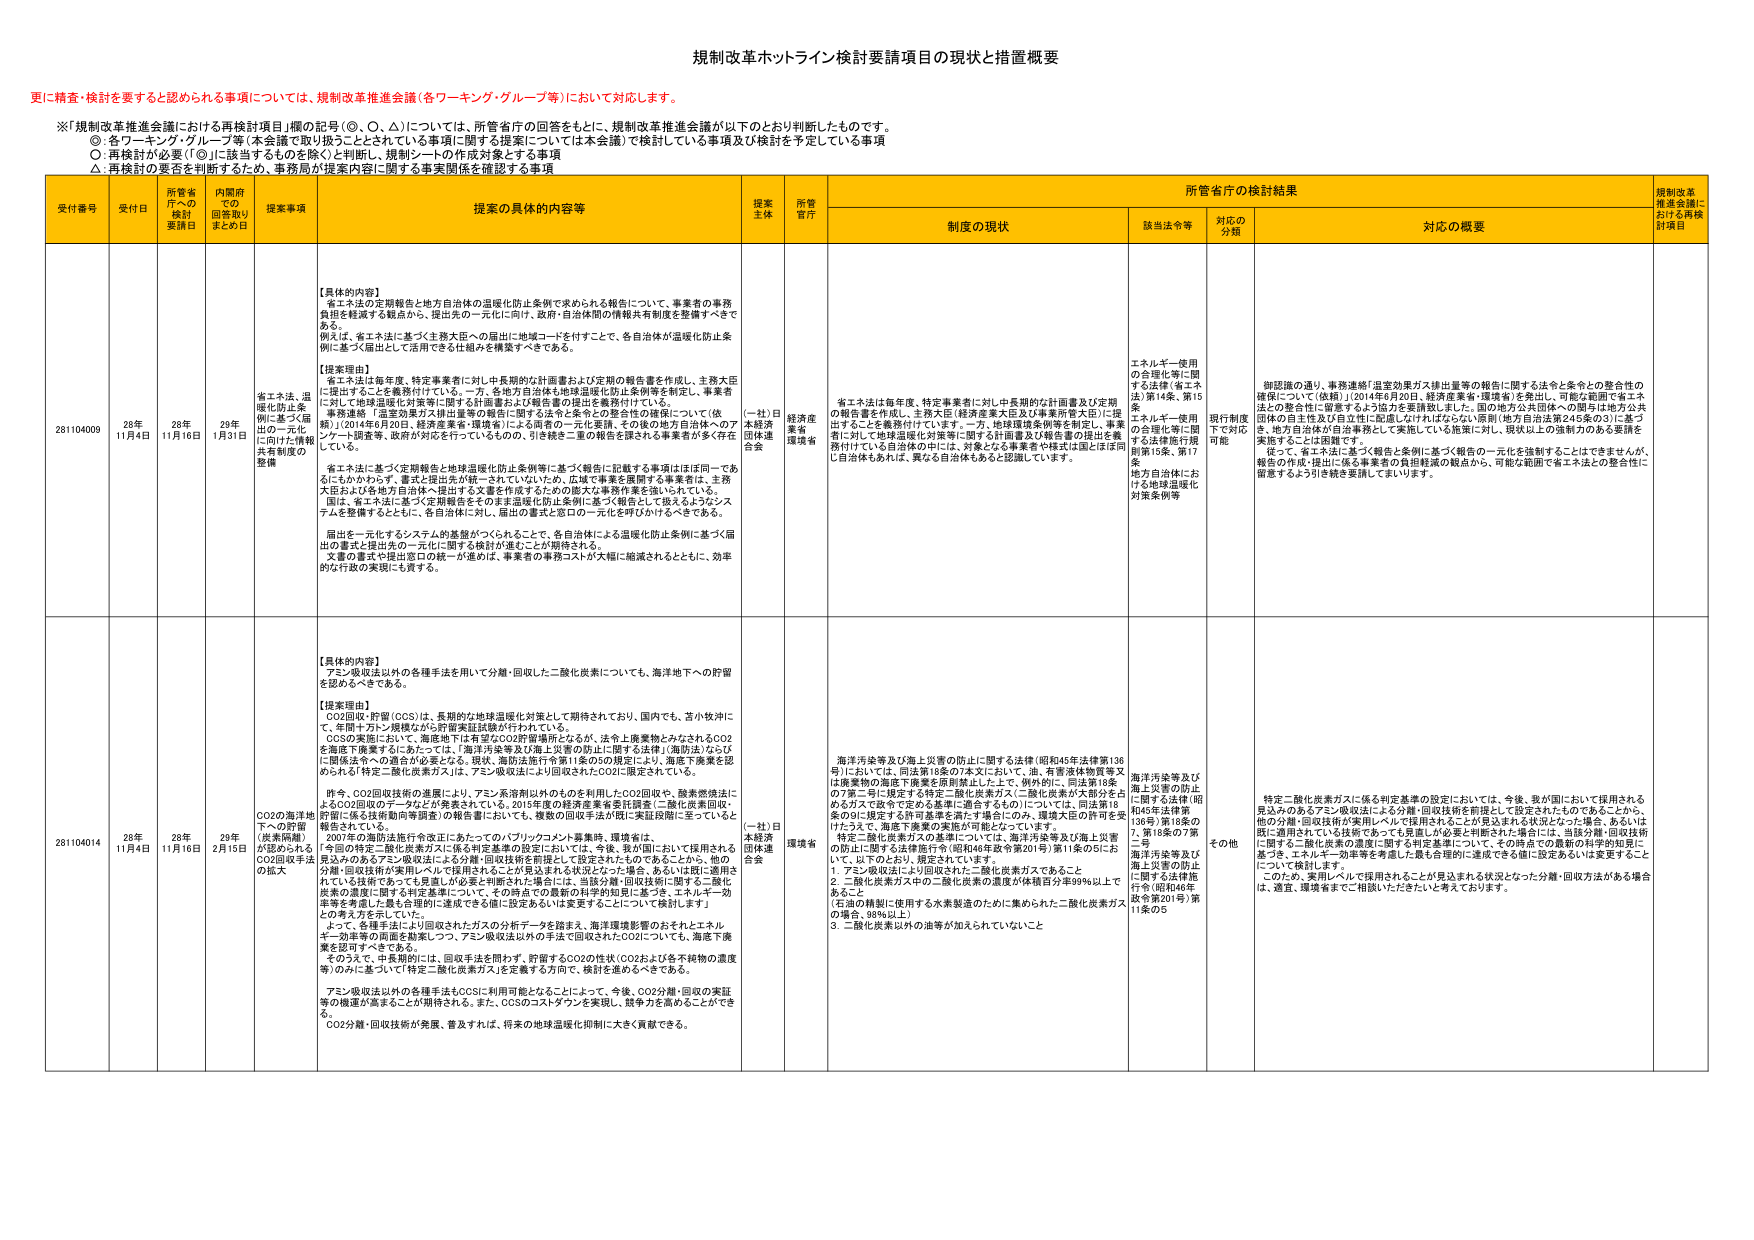
規制改革ホットライン検討要請項目の現状と措置概要

更に精査・検討を要すると認められる事項については、規制改革推進会議（各ワーキング・グループ）において対応します。

※「規制改革推進会議における再検討項目」欄の記号（◎、○、△）については、所管省庁の回答をもとに、規制改革推進会議が以下のとおり判断したものです。
◎：各ワーキング・グループ等（本会議で取り扱うこととされている事項に関する提案については本会議）で検討している事項及び検討を予定している事項
○：再検討が必要（「◎」に該当するものを除く）と判断し、規制シートの作成対象とする事項
△：再検討の要否を判断するため、事務局が提案内容に関する事実関係を確認する事項

受付番号 受付日 所管省庁への検討要請日 内閣府での回答取りまとめ日 提案事項 提案の具体的内容等 提案主体 所管省庁 所管省庁の検討結果 規制改革推進会議における再検討項目
制度の現状 該当法令等 対応の分類 対応の概要

281104009 28年11月4日 28年11月16日 29年1月31日 省エネ法、温暖化防止条例に基づく届出の一元化に向けた情報共有制度の整備 【具体的內容】
省エネ法の定期報告と地方自治体の温暖化防止条例で求められる報告について、事業者の事務負担を軽減する観点から、提出先の一元化に向け、政府・自治体間の情報共有制度を整備すべきである。
例えば、省エネ法に基づく主務大臣への届出に地域コードを付与することで、各自治体が温暖化防止条例に基づく届出として活用できる仕組みを構築すべきである。

【提案理由】
省エネ法は毎年度、特定事業者に対し中長期的な計画書および定期の報告書を作成し、主務大臣に提出することを義務付けている。一方、各地方自治体は地球温暖化防止条例等を制定し、事業者に対して地球温暖化対策等に関する計画書および報告書の提出を義務付けている。
事務連絡「温室効果ガス排出量等の報告に関する法令等との整合性の確保について（抜粋）」（2014年6月20日、経済産業省・環境省）によると、同省の二元化要請、その後の地方自治体へのアンケート調査等、政府が対応を行っているものの、引き続き二重の報告を課される事業者が多く存在している。
省エネ法に基づく定期報告と地球温暖化防止条例等に基づく報告に記載する事項はほぼ同一であるにもかかわらず、書式と提出先が統一されていないため、広域で事業を展開する事業者は、主務大臣および各地方自治体へ提出する文書を作成するための膨大な事務作業を強いられている。
国は、省エネ法に基づく定期報告をそのまま温暖化防止条例に基づく報告として扱えるようなシステムを整備するとともに、各自治体に対し、届出の書式と窓口の一元化を呼びかけるべきである。
届出を一元化するシステムの基盤がつくられることで、各自治体による温暖化防止条例に基づく届出の書式と提出先の一元化に関する検討が進むことが期待される。
文書の書式や提出窓口の統一が進めば、事業者の事務コストが大幅に縮減されるとともに、効率的な行政の実現にも資する。

（一社）日本経済団体連合会 経済産業省・環境省 省エネ法は毎年度、特定事業者に対し中長期的な計画書及び定期の報告書を作成し、主務大臣（経済産業大臣及び事業所管大臣）に提出することを義務付けています。一方、地球環境条例等を制定し、事業者に対して地球温暖化対策等に関する計画書及び報告書の提出を義務付けている各自治体の中には、対象となる事業者や書式は国とはほぼ同じ自治体もあれば、異なる自治体もあると認識しています。 エネルギー使用の合理化等に関する法律（省エネ法）第14条、第15条
エネルギー使用の合理化等に関する法律施行規則第15条、第17条
地方自治体における地球温暖化対策条例等 現行制度下で対応可能 御認識の通り、事務連絡「温室効果ガス排出量等の報告に関する法令と条例との整合性の確保について（抜粋）」（2014年6月20日、経済産業省・環境省）を発出し、可能な範囲で省エネ法との整合性に留意するよう協力を要請致しました。国の地方公共団体への関与は地方公共団体の自主性及び自立性に配慮しなければならない原則（地方自治法第245条の3）に基づき、地方自治体が自治事務として実施している施策に対し、現状以上の強制力のある要請を実施することは困難です。
従って、省エネ法に基づく報告と条例に基づく報告の一元化を強制することはできませんが、報告の作成・提出に係る事業者の負担軽減の観点から、可能な範囲で省エネ法との整合性に留意するよう引き続き要請してまいります。

281104014 28年11月4日 28年11月16日 29年2月15日 CO2の海洋地下への貯留が認められるCO2回収手法の拡大 【具体的內容】
アミン吸収法以外の各種手法を用いて分離・回収した二酸化炭素についても、海洋地下への貯留を認めるべきである。

【提案理由】
CO2回収・貯留（CCS）は、長期的な地球温暖化対策として期待されており、国内でも、苫小牧沖にて、有明ガス田・規模的な分野貯留実証試験が行われている。
CCSの実施において、海底地下は有望なCO2貯留場所となるが、法令上廃棄物とみなされるCO2を海底で廃棄するにあたっては、「海洋汚染等及び海上災害の防止に関する法律」（海防法）ならびに「関係法令への適合が必要となる。現状、海防法施行令第11条の5の規定により、海底下廃棄を認められる「特定二酸化炭素ガス」は、アミン吸収法により回収されたCO2に限定されている。
昨今、CO2回収技術の進展により、アミン系溶剤以外のものも利用したCO2回収や、酵素燃焼法によるCO2回収のデータなどが発表されている。2015年度の経済産業省委託調査「二酸化炭素回収・貯留に係る技術動向等調査」の報告書においても、複数の回収手法が既に実証段階に至っていると報告されている。
2007年の海防法施行令改正にあたってのパブリックコメント募集時、環境省は、「今回の特定二酸化炭素ガスに係る特定基準の設定においては、今後、我が国において採用される見込みのあるアミン吸収法による分離・回収技術を前提として設定されたものである。このため、分離・回収技術が実用レベルで採用されることが見込まれる状況となった場合、あるいは既に適用されている技術であっても見直しが必要と判断された場合には、当該分離・回収技術に関する二酸化炭素の濃度に関する特定基準について、その時点で最新の科学的知見に基づき、エネルギー効率等を考慮した最も合理的に達成できる値に設定あるいは変更することについて検討します」との考え方を示していた。
よって、各種手法により回収されたガスの分析データを踏まえ、海洋環境影響のおそれとエネルギー効率等の両面を勘案しつつ、アミン吸収法以外の手法で回収されたCO2についても、海底下廃棄を認可すべきである。
そのうえで、中長期的には、回収手法を問わず、貯留するCO2の性状（CO2および各不純物の濃度等）のみに基づいて「特定二酸化炭素ガス」を定義する方向で、検討を進めるべきである。
アミン吸収法以外の各種手法もCCSに利用可能となることによって、今後、CO2分離・回収の実証等の機運が高まることが期待される。また、CCSのコストダウンを実現し、競争力と高めることができると、CO2分離・回収技術が発展、普及すれば、将来の地球温暖化抑制に大きく貢献できる。

（一社）日本経済団体連合会 環境省 海洋汚染等及び海上災害の防止に関する法律（昭和45年法律第136号）においては、同法第18条の7本文において、油、有害液体物質等又は廃棄物の海底下廃棄を原則禁止した上で、例外的に、同法第18条の7第二号に規定する特定二酸化炭素ガス（二酸化炭素が大部分を占めるガスで政令で定める基準に適合するもの）については、同法第18条の9に規定する許可基準を満たす場合にのみ、環境大臣の許可を受けたうえで、海底下廃棄の実施が可能となっています。
特定二酸化炭素ガスの基準については、海洋汚染等及び海上災害の防止に関する法律施行令（昭和46年政令第201号）第11条の5において、以下のとおり、規定されています。
1．アミン吸収法により回収された二酸化炭素ガスであること
2．二酸化炭素ガス中の二酸化炭素の濃度が体積百分率99％以上であること
3．二酸化炭素に使用する水素製造のために集められた二酸化炭素ガス（政令（昭和46年政令第201号）第11条の5 海洋汚染等及び海上災害の防止に関する法律（昭和45年法律第136号）第18条の7、第18条の7第二号
海洋汚染等及び海上災害の防止に関する法律施行令（昭和46年政令第201号）第11条の5 その他 特定二酸化炭素ガスに係る特定基準の設定においては、今後、我が国において採用される見込みのあるアミン吸収法による分離・回収技術を前提として設定されたものであることから、他の分離・回収技術が実用レベルで採用されることが見込まれる状況となった場合、あるいは既に適用されている技術であっても見直しが必要と判断された場合には、当該分離・回収技術に関する二酸化炭素の濃度に関する特定基準について、その時点での最新の科学的知見に基づき、エネルギー効率等を考慮した最も合理的に達成できる値に設定あるいは変更することについて検討します。
このため、実用レベルで採用されることが見込まれる状況となった分離・回収方法がある場合は、適宜、環境省までご相談いただきたいと考えております。